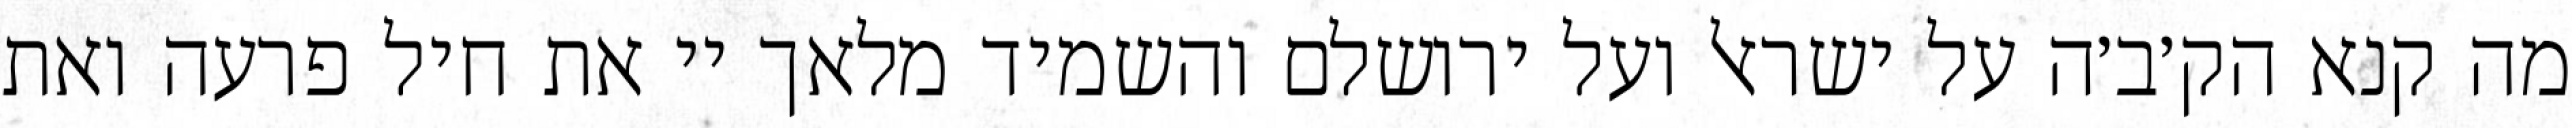
מה קנא הק׳ב׳ה על ישראל ועל ירושלם והשמיד מלאך יי את חיל פרעה ואת